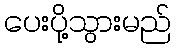
ပေးပို့သွားမည်